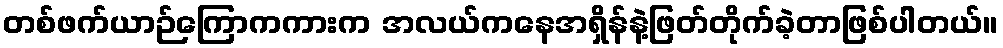
တစ်ဖက်ယာဉ်ကြောကကားက အလယ်ကနေအရှိန်နဲ့ဖြတ်တိုက်ခဲ့တာဖြစ်ပါတယ်။